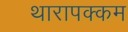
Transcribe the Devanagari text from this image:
थारापक्कम